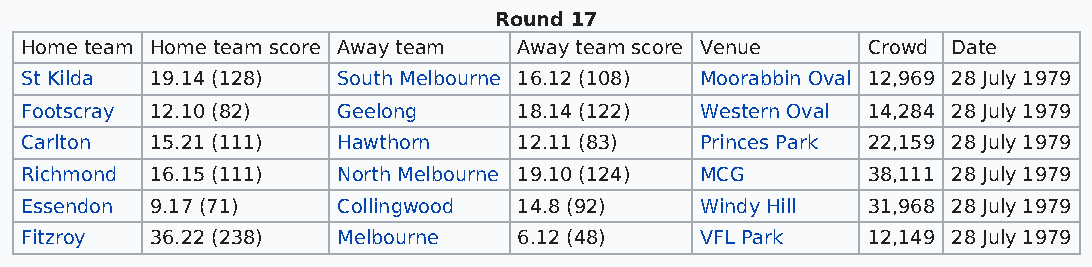
Round 17
 Home team Home team score Away team Away team score Venue Crowd Date
 St Kilda 19.14 (128) South Melbourne 16.12 (108) Moorabbin Oval 12,969 28 July 1979
 Footscray 12.10 (82) Geelong     18.14 (122) Western Oval 14,284 28 July 1979
 Carlton  15.21 (111) Hawthorn    12.11 (83)  Princes Park 22,159 28 July 1979
 Richmond 16.15 (111) North Melbourne 19.10 (124) MCG    38,111 28 July 1979
 Essendon 9.17 (71)   Collingwood 14.8 (92)   Windy Hill 31,968 28 July 1979
 Fitzroy  36.22 (238) Melbourne   6.12 (48)   VFL Park   12,149 28 July 1979